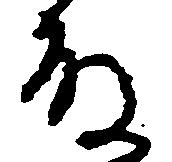
殿